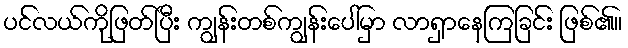
ပင်လယ်ကိုဖြတ်ပြီး ကျွန်းတစ်ကျွန်းပေါ်မှာ လာရှာနေကြခြင်း ဖြစ်၏။